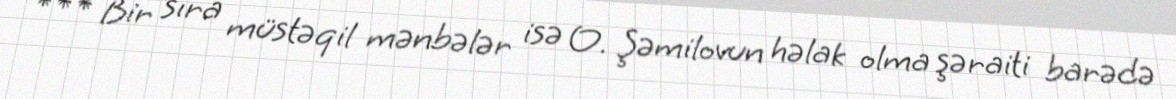
*** Bir sıra müstəqil mənbələr isə O. Şəmilovun həlak olma şəraiti barədə